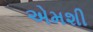
એમશી